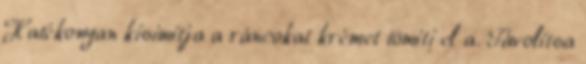
Hatékonyan kisimítja a ráncokat krémet tömíti el a. Távolítsa